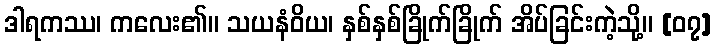
ဒါရကဿ၊ ကလေး၏။ သယနံဝိယ၊ နှစ်နှစ်ခြိုက်ခြိုက် အိပ်ခြင်းကဲ့သို့။ [၀၇]